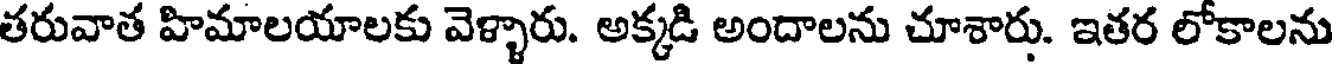
తరువాత హిమాలయాలకు వెళ్ళారు. అక్కడి అందాలను చూశారు. ఇతర లోకాలను